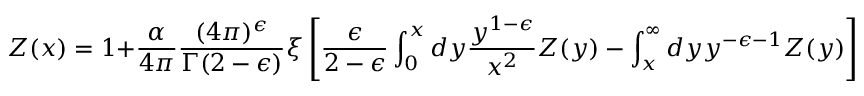
{ \cal Z } ( x ) = 1 + \frac { \alpha } { 4 \pi } \frac { ( 4 \pi ) ^ { \epsilon } } { \Gamma ( 2 - \epsilon ) } \xi \left[ { \frac { \epsilon } { 2 - \epsilon } } \int _ { 0 } ^ { x } d y { \frac { y ^ { 1 - \epsilon } } { x ^ { 2 } } } { \cal Z } ( y ) - \int _ { x } ^ { \infty } d y y ^ { - \epsilon - 1 } { \cal Z } ( y ) \right] \; \; \; .